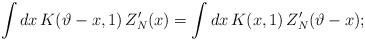
LaTeX: \begin{align*}\int dx\, K(\vartheta -x,1)\, Z_{N}'(x)=\int dx\, K(x,1)\, Z_{N}'(\vartheta -x);\end{align*}